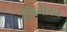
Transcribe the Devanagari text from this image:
लुंबिनीवन